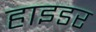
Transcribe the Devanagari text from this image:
हाइडर